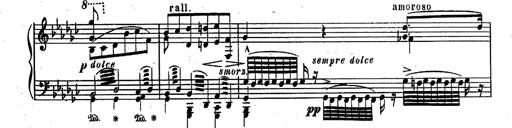
Title: RÃ©miniscences des Huguenots
Composer: Franz Liszt